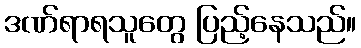
ဒဏ်ရာရသူတွေ ပြည့်နေသည်။